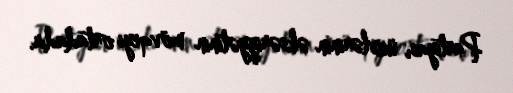
Partiyası üzvlərinin əksəriyyətinin mövqeyi ortadadır.